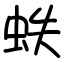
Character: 蛈